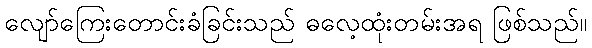
လျော်ကြေးတောင်းခံခြင်းသည် ဓလေ့ထုံးတမ်းအရ ဖြစ်သည်။